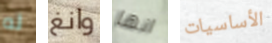
له وانغ انها الأساسيات